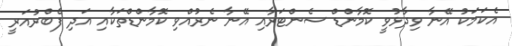
އެކަމަކު އޭނާ ވިދާޅުވީ ކޮމާންޑް ސެންޓަރާއި އޭނާ ނެރުއްވި ކޮމާންޑްތަކާއި އަދި ފެބްރުއަރީ